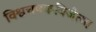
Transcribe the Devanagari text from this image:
विश्वचषकविजेत्या